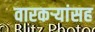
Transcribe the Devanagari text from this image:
वारकऱ्यांसह